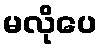
မလိုပေ